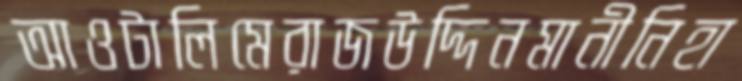
আওটালিমেরাজউদ্দিনমানীনিহা